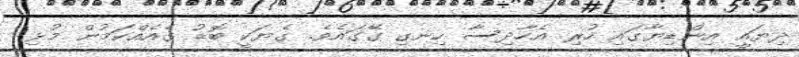
ދިޔައީ އިންޑިޔާގައި ހުރި އެހާދިސާ ހިނގި ގޭގައެވެ. ގެޔަކީ ބޮޑު ގެއެއްކަމުން މުޅި